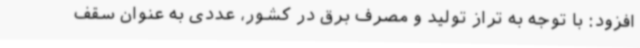
افزود: با توجه به تراز تولید و مصرف برق در کشور، عددی به عنوان سقف